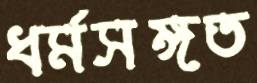
ধর্মসঙ্গত